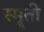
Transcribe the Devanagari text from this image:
स्मॄती